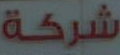
شركة